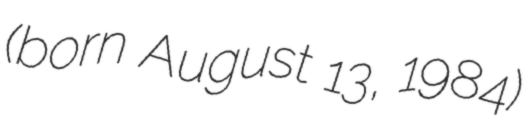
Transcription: (born August 13, 1984)